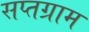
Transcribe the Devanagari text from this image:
सप्तग्राम